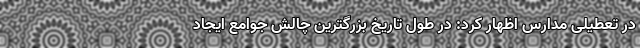
در تعطیلی مدارس اظهار کرد: در طول تاریخ بزرگترین چالش جوامع ایجاد